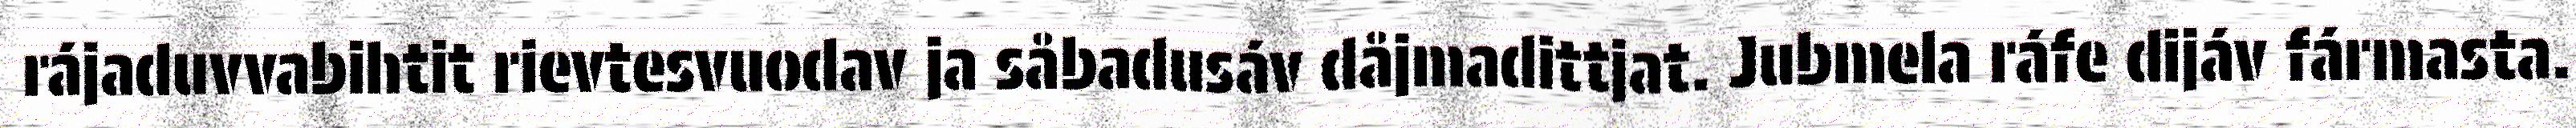
rájaduvvabihtit rievtesvuodav ja såbadusáv dåjmadittjat. Jubmela ráfe dijáv fármasta.